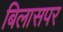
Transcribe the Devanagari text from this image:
बिलासपर